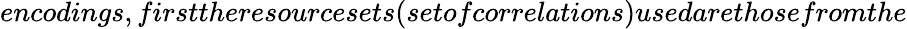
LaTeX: encodings,firsttheresourcesets(setofcorrelations)usedarethosefromthe